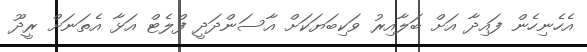
އެހެނިހެން ފައިދާ އަށް ބަލާއިރު ވަކިބަޔަކަށް އާސަންދަދީ ފްލެޓް އަޅާ އެތަނަށް ރީދޫ